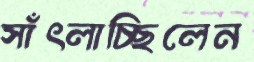
সাঁৎলাচ্ছিলেন